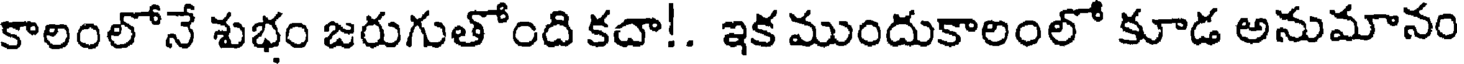
కాలంలోనే శుభం జరుగుతోంది కదా!. ఇక ముందుకాలంలో కూడ అనుమానం